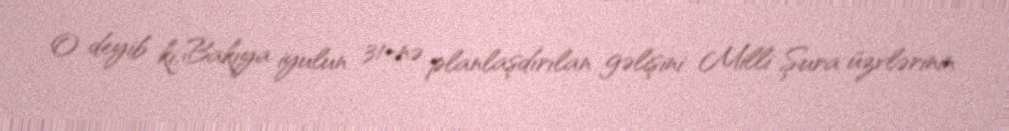
O deyib ki, Bakıya iyulun 31-nə planlaşdırılan gəlişini Milli Şura üzvlərinin